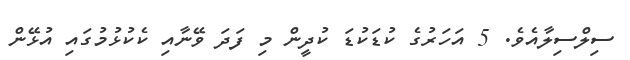
ސިލްސިލާއެވެ. 5 އަހަރުގެ ކުޑަކުޑަ ކުދީން މި ފަދަ ވޭނާއި ކެކުޅުމުގައި އުޅޭން